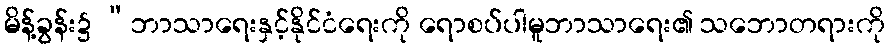
မိန့်ခွန်း၌ “ဘာသာရေးနှင့်နိုင်ငံရေးကို ရောစပ်ပါမူဘာသာရေး၏ သဘောတရားကို